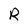
Character: R